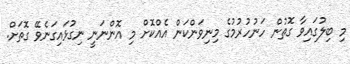
މި ބިލުގައިވާ ގޮތުން ހަނުހުރުމުގެ މިނިވަންކަން އެއްކޮށް މި އޮންނަނީ ނިގުޅައިގަނެވޭ ގޮތަށް.